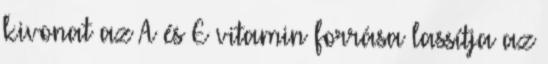
kivonat az A és E vitamin forrása lassítja az